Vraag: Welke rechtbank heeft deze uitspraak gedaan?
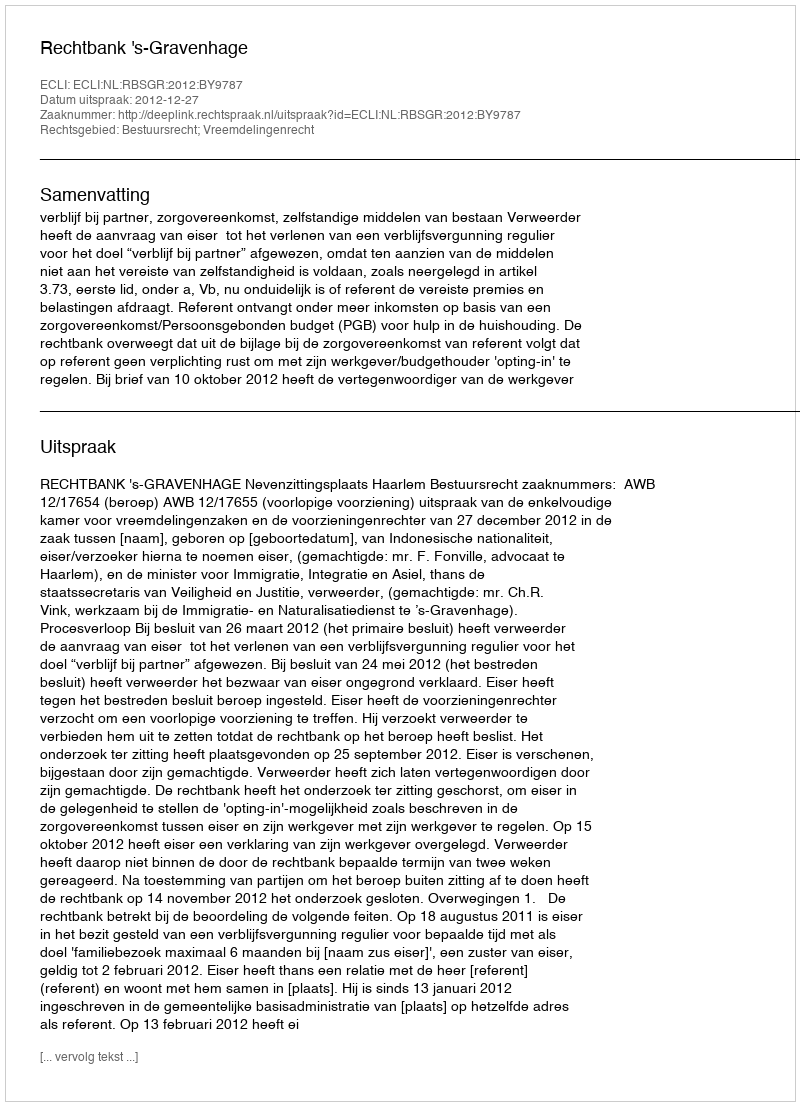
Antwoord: Rechtbank 's-Gravenhage